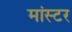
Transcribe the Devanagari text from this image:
मांस्टर